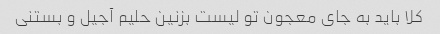
کلا باید به جای معجون تو لیست بزنین حلیم آجیل و بستنی